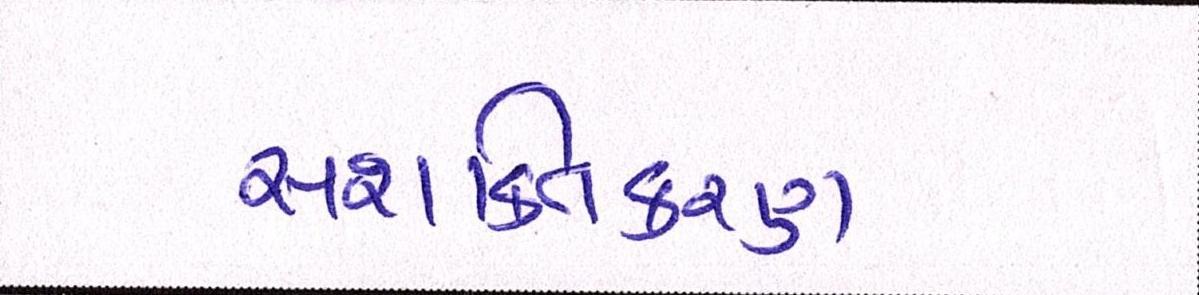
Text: સશક્તિકરણ